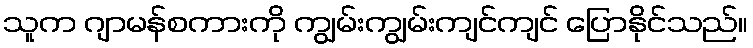
သူက ဂျာမန်စကားကို ကျွမ်းကျွမ်းကျင်ကျင် ပြောနိုင်သည်။